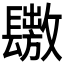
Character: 𨲶